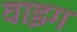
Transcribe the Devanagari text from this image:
वाइग